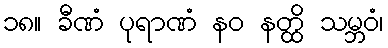
၁၈။ ခီဏံ ပုရာဏံ နဝ နတ္ထိ သမ္ဘဝံ၊